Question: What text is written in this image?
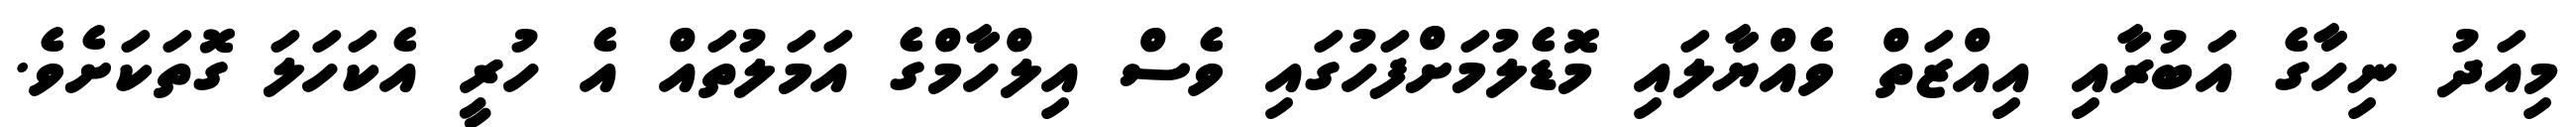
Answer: މިއަދު ނިހާގެ އަބުރާއި އިއްޒަތް ވެއްޔާލައި މޮޑެލުމަށްފަހުގައި ވެސް އިލްހާމްގެ އަމަލުތައް އެ ހުރީ އެކަހަލަ ގޮތަކަށެވެ.